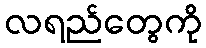
လရည်တွေကို